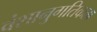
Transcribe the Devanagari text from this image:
वंशानुगतिकता